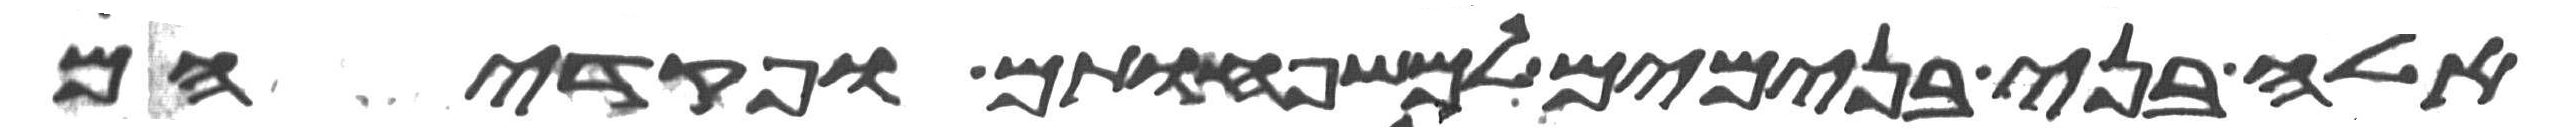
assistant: אלה בני בנימים למשפחותם ופקדיהם